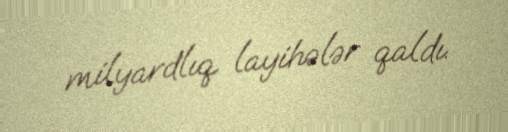
milyardlıq layihələr qaldı.